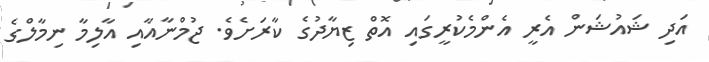
އަދި ޝައުޝަން އެރީ އެންމެކުރީގައި އޮތް ޒިޔާދުގެ ކާރަށެވެ. ޖުމްނާއާއި އާލިމާ ނިމާލްގެ